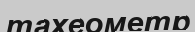
тахеометр